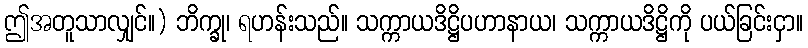
ဤအတူသာလျှင်။) ဘိက္ခု၊ ရဟန်းသည်။ သက္ကာယဒိဋ္ဌိပဟာနာယ၊ သက္ကာယဒိဋ္ဌိကို ပယ်ခြင်းငှာ။